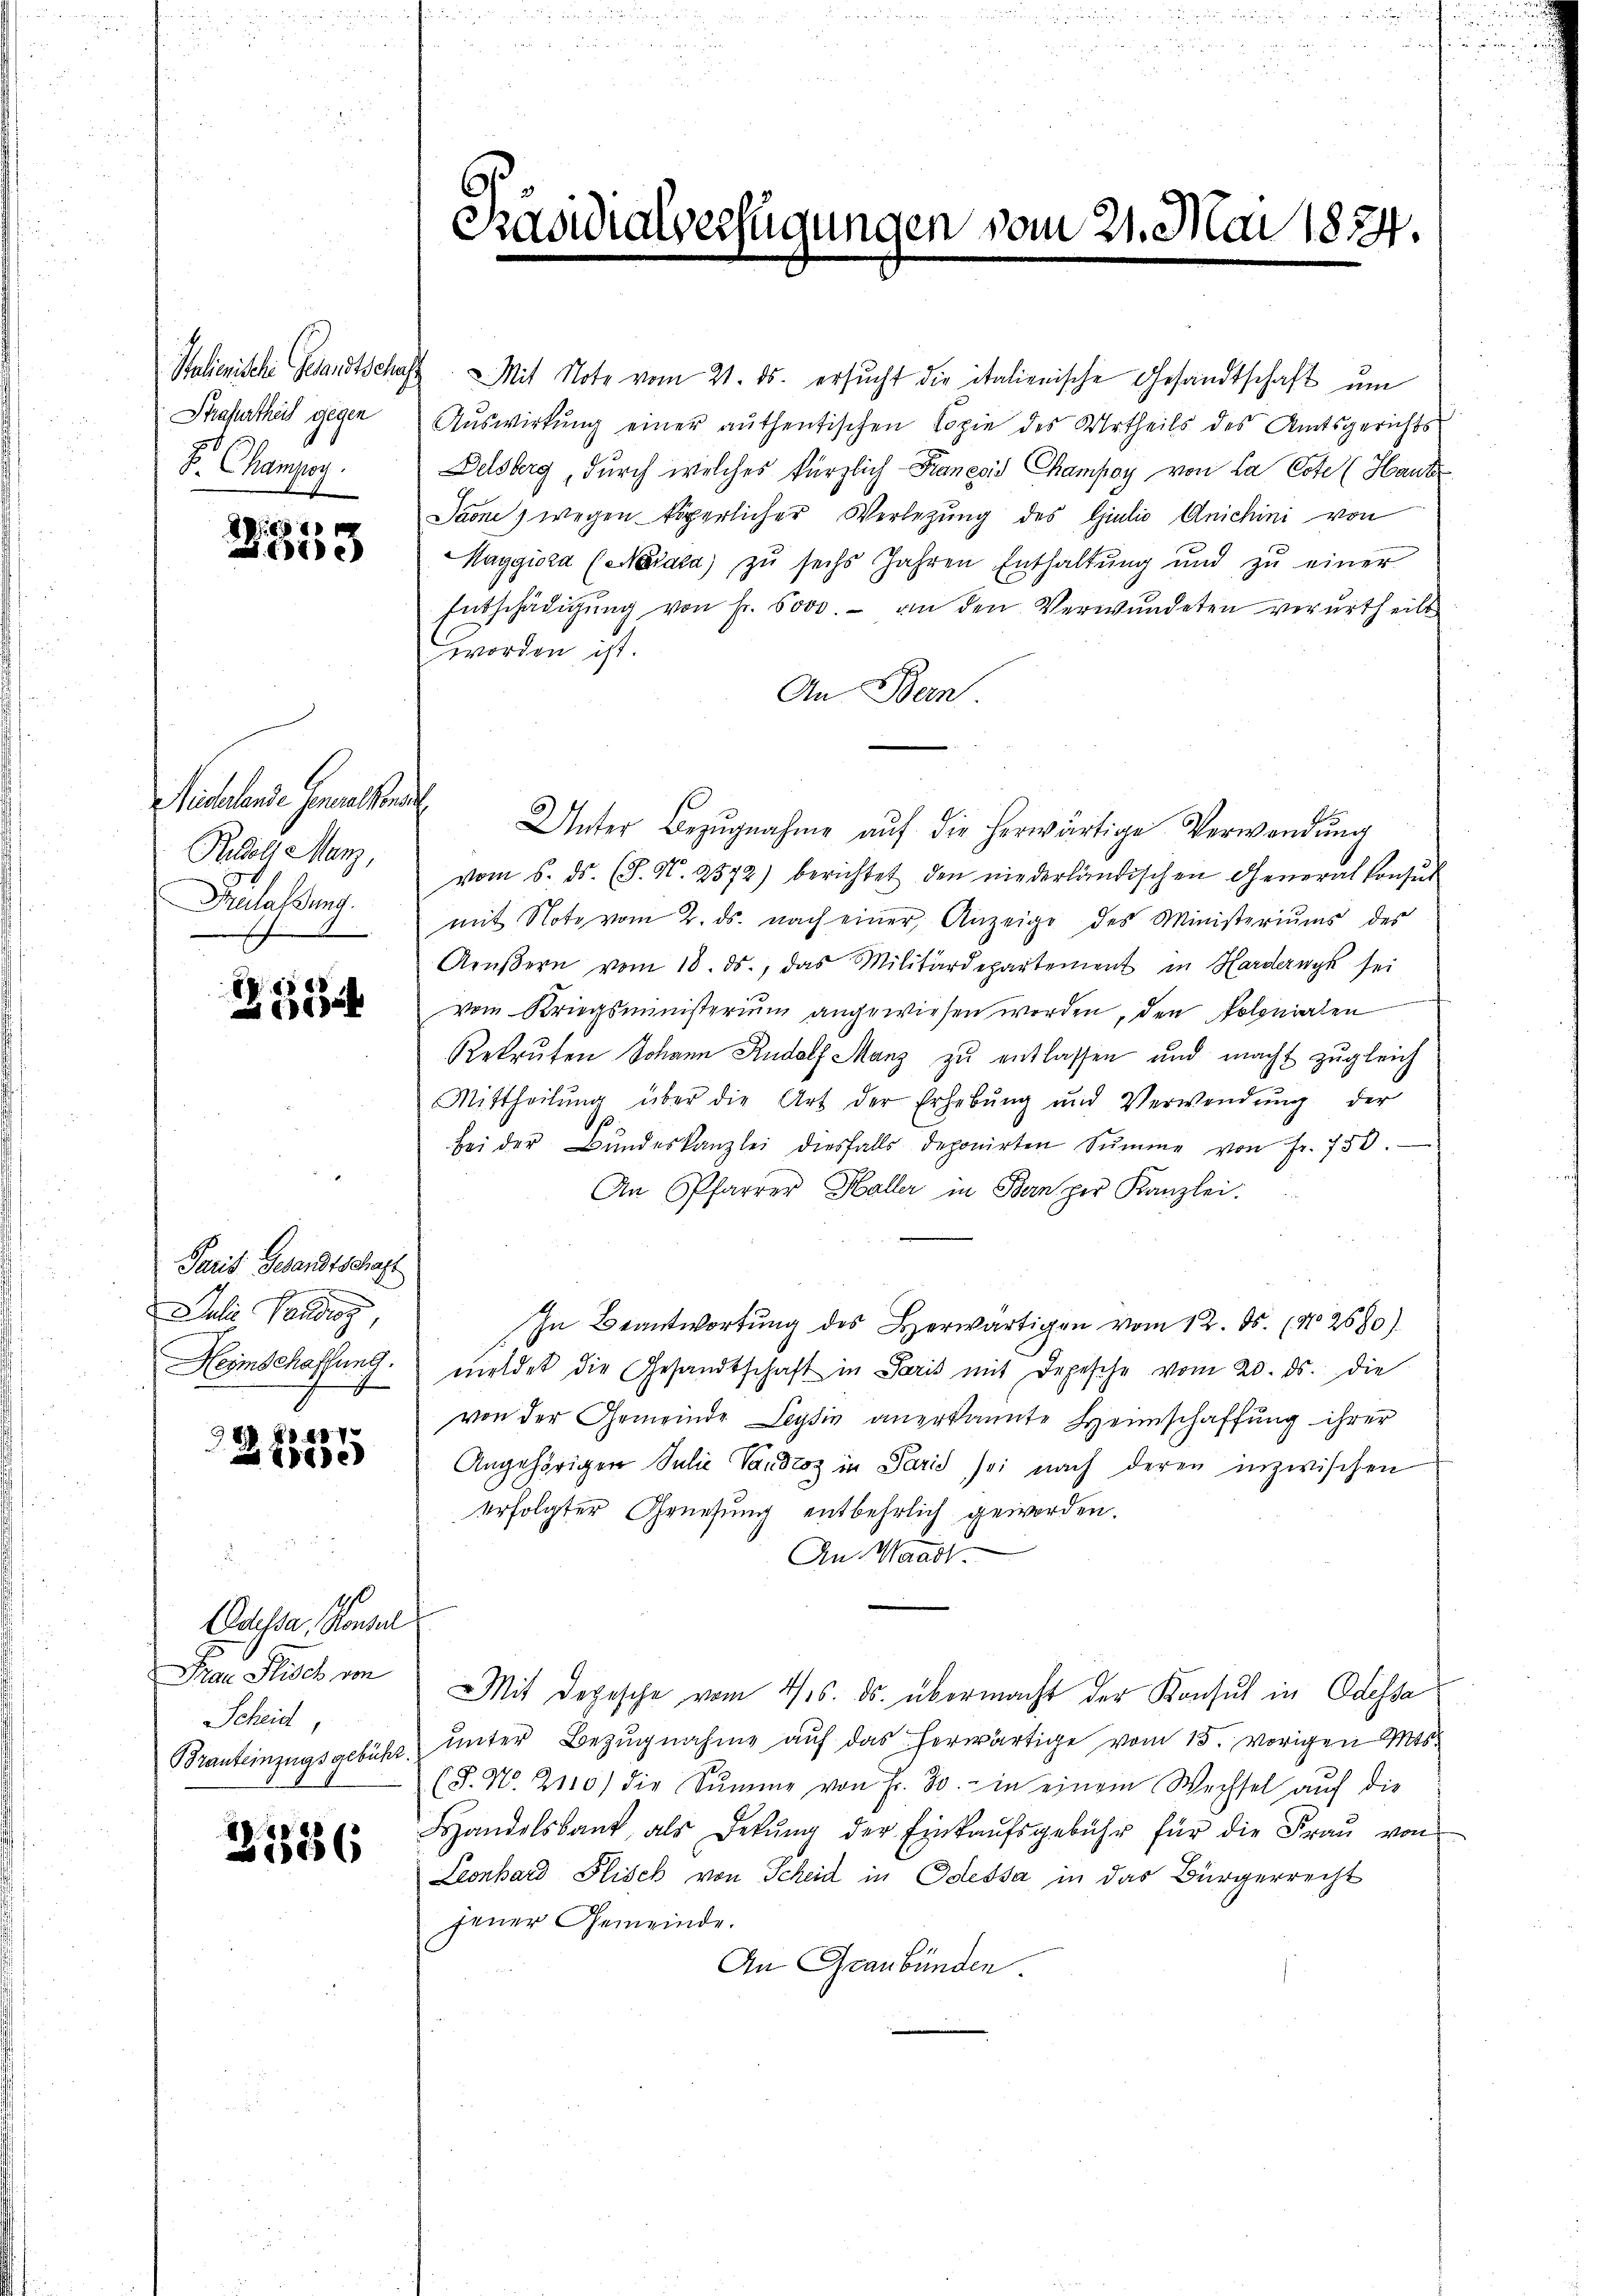
Strafurtheil gegen
F. Champoy.

Pre
e

Michalende Generalstadel
Rodels Manz,
Frulassung.
n

223

Paris Gesandtschaft
Juli Pau
f

801
Zische

Odessa, Konsul
Frau Plisch von
Scheid,

21886

Salienische Gesandtschaft. Mit Note vom 21. ds. ersucht die italienische Gesandtschaft um
Auswirkung einer authentischen Copie des Urtheils des Amtsgerichts-
Delsberg, durch welches kürzlich-Francois Champoy von La Cote (Hautz
Jaone, wegen köperlicher Verlegung des Giulio Anichini von
Maggiora (Nata) zŭ sechs Jahren Enthaltŭng und zŭ einer
Entschädigŭng von Fr. 5000.- an den Verwŭndeten verurtheilt
worden ist.
An Bern.
Unter Bezŭgnahme aŭf die herwärtige Verwendung
vom 6. ds. (S. N. 2572) berichtet den niederländischen Generalkonsul
mit Note vom 2. ds. nach einer Anzeige des Ministeriums des
Aeŭβern vom 18. ds., das Militärdepartement in Hardernyk sei
vom Kriegsministerium angewiesen worden, den Polonialen
Rekruten Johann Rudolf Manz zu entlassen und macht zugleich
Mittheilung über die Art der Erhebung und Verwendung der
.
bei der Bŭndeskanzlei diesfalls deponirten Summe von Fr. 750.
An Pfarrer Holler in Ban per Kanzlei.
In Beantwortŭng des Herwärtigen vom 12. ds. (N 2680)
Herischaffnet. meldet die Gesandtschaft in Paris mit Depesche vom 20. ds. die
von der Gemeinde Leysin anerkannte Heimschaffung ihrer
Angehörigen Julie Vaudtoz in Paris sei nach deren inzwischen
erfolgter Genesung entbehrlich geworden.
An Waadt.
Mit Depesche vom 4/5. ds. übermacht der Konsul in Odessa
Brauteinzugsgebühr unter Bezugnahme auf das herwärtige vom 15. vorigen Mts.
(§. No. 2110) die Sŭmme von Fr. 30.- in einem Wechsel auf die
Handelsbank, als Dekŭng der Einkaŭfsgebühr für die Fraŭ von
Leonhard Plisch von Scheid in Odessa in das Bürgerrecht
jener Gemeinde.
An Graubünden.

6.
Präsidialverfug

Ung

jen vom 21. Mai 1874.